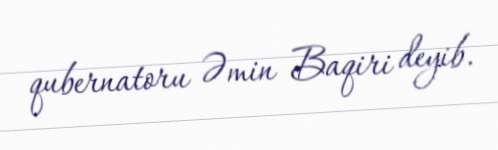
qubernatoru Əmin Baqiri deyib.